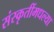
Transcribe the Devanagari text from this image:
संस्कृतींमधल्या